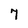
Character: 7